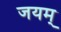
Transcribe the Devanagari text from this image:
जयम्